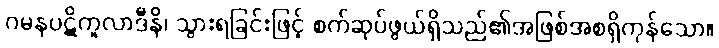
ဂမနပဋိကူလာဒီနိ၊ သွားရခြင်းဖြင့် စက်ဆုပ်ဖွယ်ရှိသည်၏အဖြစ်အစရှိကုန်သော။